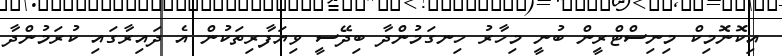
އިކޮނޮމިކް މިނިސްޓްރީން ބުނީ މިހާރު ހިނގަމުންދާ ބިދޭސީ ވިޔަފާރިތަކުން އެ ދައިރާގައި ކުރަމުންދާ